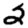
Digit: 2